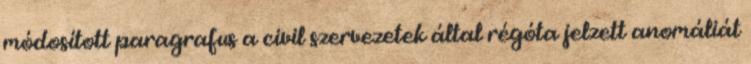
módosított paragrafus a civil szervezetek által régóta jelzett anomáliát